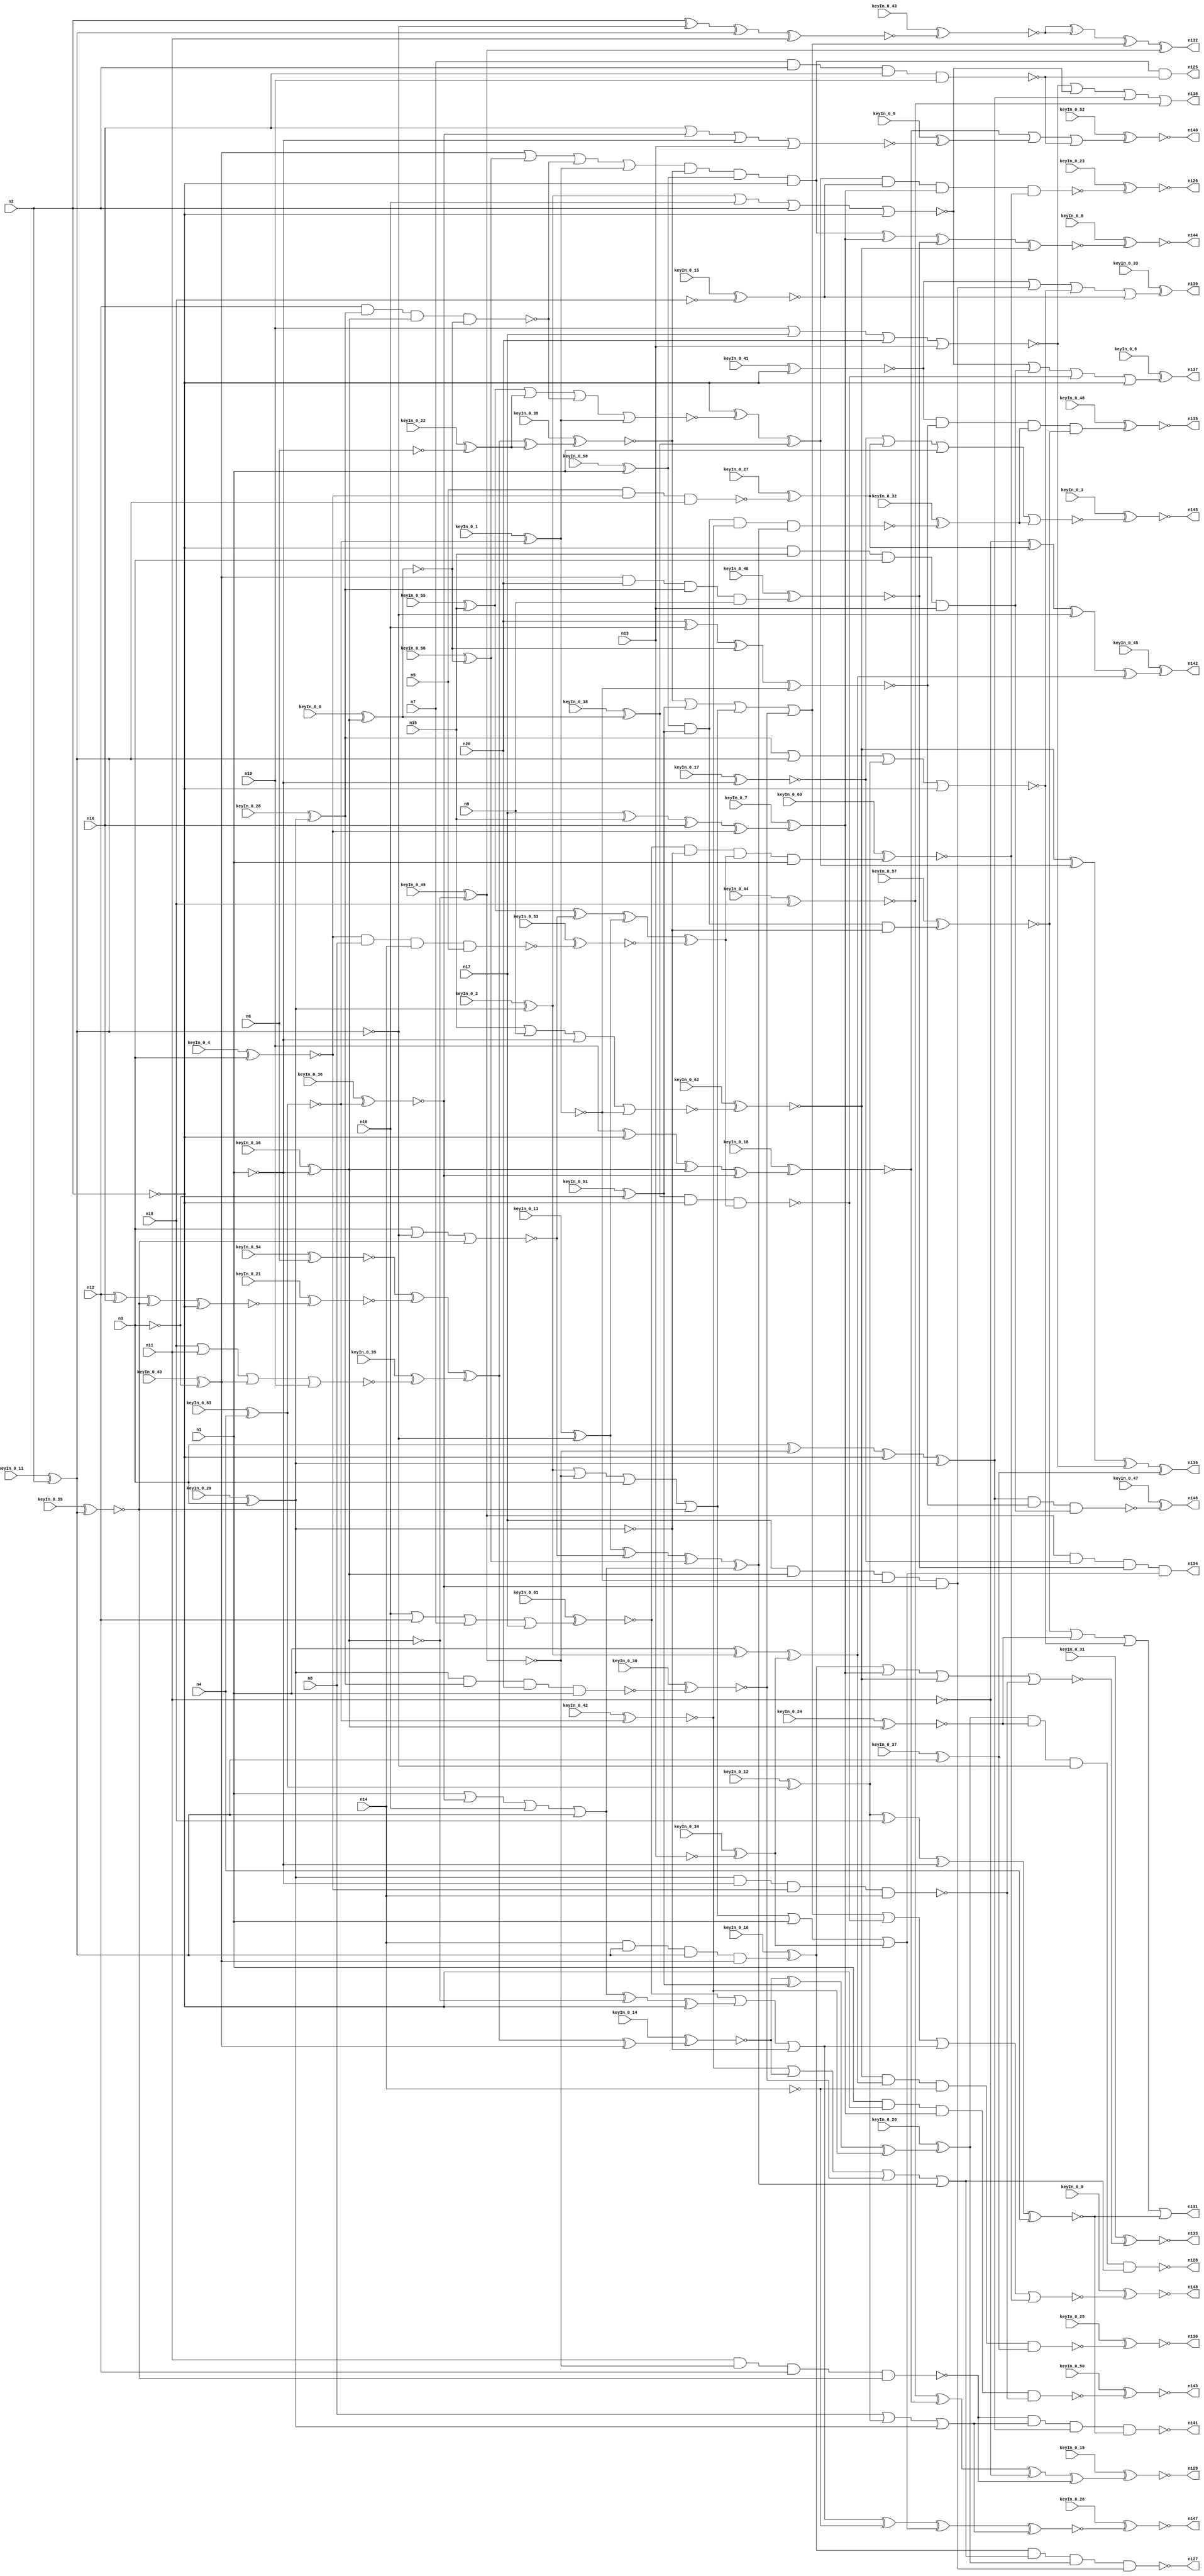


module Stat_128_636
(
  n1,
  n2,
  n3,
  n4,
  n5,
  n6,
  n7,
  n8,
  n9,
  n10,
  n11,
  n12,
  n13,
  n14,
  n15,
  n16,
  n17,
  n18,
  n19,
  n20,
  n144,
  n135,
  n134,
  n129,
  n126,
  n147,
  n138,
  n136,
  n139,
  n140,
  n125,
  n137,
  n146,
  n142,
  n132,
  n127,
  n130,
  n143,
  n145,
  n133,
  n141,
  n148,
  n131,
  n128,
  keyIn_0_0,
  keyIn_0_1,
  keyIn_0_2,
  keyIn_0_3,
  keyIn_0_4,
  keyIn_0_5,
  keyIn_0_6,
  keyIn_0_7,
  keyIn_0_8,
  keyIn_0_9,
  keyIn_0_10,
  keyIn_0_11,
  keyIn_0_12,
  keyIn_0_13,
  keyIn_0_14,
  keyIn_0_15,
  keyIn_0_16,
  keyIn_0_17,
  keyIn_0_18,
  keyIn_0_19,
  keyIn_0_20,
  keyIn_0_21,
  keyIn_0_22,
  keyIn_0_23,
  keyIn_0_24,
  keyIn_0_25,
  keyIn_0_26,
  keyIn_0_27,
  keyIn_0_28,
  keyIn_0_29,
  keyIn_0_30,
  keyIn_0_31,
  keyIn_0_32,
  keyIn_0_33,
  keyIn_0_34,
  keyIn_0_35,
  keyIn_0_36,
  keyIn_0_37,
  keyIn_0_38,
  keyIn_0_39,
  keyIn_0_40,
  keyIn_0_41,
  keyIn_0_42,
  keyIn_0_43,
  keyIn_0_44,
  keyIn_0_45,
  keyIn_0_46,
  keyIn_0_47,
  keyIn_0_48,
  keyIn_0_49,
  keyIn_0_50,
  keyIn_0_51,
  keyIn_0_52,
  keyIn_0_53,
  keyIn_0_54,
  keyIn_0_55,
  keyIn_0_56,
  keyIn_0_57,
  keyIn_0_58,
  keyIn_0_59,
  keyIn_0_60,
  keyIn_0_61,
  keyIn_0_62,
  keyIn_0_63
);

  input n1;
  input n2;
  input n3;
  input n4;
  input n5;
  input n6;
  input n7;
  input n8;
  input n9;
  input n10;
  input n11;
  input n12;
  input n13;
  input n14;
  input n15;
  input n16;
  input n17;
  input n18;
  input n19;
  input n20;
  input keyIn_0_0;
  input keyIn_0_1;
  input keyIn_0_2;
  input keyIn_0_3;
  input keyIn_0_4;
  input keyIn_0_5;
  input keyIn_0_6;
  input keyIn_0_7;
  input keyIn_0_8;
  input keyIn_0_9;
  input keyIn_0_10;
  input keyIn_0_11;
  input keyIn_0_12;
  input keyIn_0_13;
  input keyIn_0_14;
  input keyIn_0_15;
  input keyIn_0_16;
  input keyIn_0_17;
  input keyIn_0_18;
  input keyIn_0_19;
  input keyIn_0_20;
  input keyIn_0_21;
  input keyIn_0_22;
  input keyIn_0_23;
  input keyIn_0_24;
  input keyIn_0_25;
  input keyIn_0_26;
  input keyIn_0_27;
  input keyIn_0_28;
  input keyIn_0_29;
  input keyIn_0_30;
  input keyIn_0_31;
  input keyIn_0_32;
  input keyIn_0_33;
  input keyIn_0_34;
  input keyIn_0_35;
  input keyIn_0_36;
  input keyIn_0_37;
  input keyIn_0_38;
  input keyIn_0_39;
  input keyIn_0_40;
  input keyIn_0_41;
  input keyIn_0_42;
  input keyIn_0_43;
  input keyIn_0_44;
  input keyIn_0_45;
  input keyIn_0_46;
  input keyIn_0_47;
  input keyIn_0_48;
  input keyIn_0_49;
  input keyIn_0_50;
  input keyIn_0_51;
  input keyIn_0_52;
  input keyIn_0_53;
  input keyIn_0_54;
  input keyIn_0_55;
  input keyIn_0_56;
  input keyIn_0_57;
  input keyIn_0_58;
  input keyIn_0_59;
  input keyIn_0_60;
  input keyIn_0_61;
  input keyIn_0_62;
  input keyIn_0_63;
  output n144;
  output n135;
  output n134;
  output n129;
  output n126;
  output n147;
  output n138;
  output n136;
  output n139;
  output n140;
  output n125;
  output n137;
  output n146;
  output n142;
  output n132;
  output n127;
  output n130;
  output n143;
  output n145;
  output n133;
  output n141;
  output n148;
  output n131;
  output n128;
  wire n21;
  wire n22;
  wire n23;
  wire n24;
  wire n25;
  wire n26;
  wire n27;
  wire n28;
  wire n29;
  wire n30;
  wire n31;
  wire n32;
  wire n33;
  wire n34;
  wire n35;
  wire n36;
  wire n37;
  wire n38;
  wire n39;
  wire n40;
  wire n41;
  wire n42;
  wire n43;
  wire n44;
  wire n45;
  wire n46;
  wire n47;
  wire n48;
  wire n49;
  wire n50;
  wire n51;
  wire n52;
  wire n53;
  wire n54;
  wire n55;
  wire n56;
  wire n57;
  wire n58;
  wire n59;
  wire n60;
  wire n61;
  wire n62;
  wire n63;
  wire n64;
  wire n65;
  wire n66;
  wire n67;
  wire n68;
  wire n69;
  wire n70;
  wire n71;
  wire n72;
  wire n73;
  wire n74;
  wire n75;
  wire n76;
  wire n77;
  wire n78;
  wire n79;
  wire n80;
  wire n81;
  wire n82;
  wire n83;
  wire n84;
  wire n85;
  wire n86;
  wire n87;
  wire n88;
  wire n89;
  wire n90;
  wire n91;
  wire n92;
  wire n93;
  wire n94;
  wire n95;
  wire n96;
  wire n97;
  wire n98;
  wire n99;
  wire n100;
  wire n101;
  wire n102;
  wire n103;
  wire n104;
  wire n105;
  wire n106;
  wire n107;
  wire n108;
  wire n109;
  wire n110;
  wire n111;
  wire n112;
  wire n113;
  wire n114;
  wire n115;
  wire n116;
  wire n117;
  wire n118;
  wire n119;
  wire n120;
  wire n121;
  wire n122;
  wire n123;
  wire n124;
  wire KeyWire_0_0;
  wire KeyNOTWire_0_0;
  wire KeyWire_0_1;
  wire KeyNOTWire_0_1;
  wire KeyWire_0_2;
  wire KeyWire_0_3;
  wire KeyNOTWire_0_3;
  wire KeyWire_0_4;
  wire KeyWire_0_5;
  wire KeyNOTWire_0_5;
  wire KeyWire_0_6;
  wire KeyWire_0_7;
  wire KeyWire_0_8;
  wire KeyWire_0_9;
  wire KeyNOTWire_0_9;
  wire KeyWire_0_10;
  wire KeyNOTWire_0_10;
  wire KeyWire_0_11;
  wire KeyNOTWire_0_11;
  wire KeyWire_0_12;
  wire KeyNOTWire_0_12;
  wire KeyWire_0_13;
  wire KeyWire_0_14;
  wire KeyNOTWire_0_14;
  wire KeyWire_0_15;
  wire KeyWire_0_16;
  wire KeyWire_0_17;
  wire KeyWire_0_18;
  wire KeyNOTWire_0_18;
  wire KeyWire_0_19;
  wire KeyNOTWire_0_19;
  wire KeyWire_0_20;
  wire KeyNOTWire_0_20;
  wire KeyWire_0_21;
  wire KeyWire_0_22;
  wire KeyNOTWire_0_22;
  wire KeyWire_0_23;
  wire KeyNOTWire_0_23;
  wire KeyWire_0_24;
  wire KeyNOTWire_0_24;
  wire KeyWire_0_25;
  wire KeyNOTWire_0_25;
  wire KeyWire_0_26;
  wire KeyWire_0_27;
  wire KeyNOTWire_0_27;
  wire KeyWire_0_28;
  wire KeyWire_0_29;
  wire KeyNOTWire_0_29;
  wire KeyWire_0_30;
  wire KeyNOTWire_0_30;
  wire KeyWire_0_31;
  wire KeyNOTWire_0_31;
  wire KeyWire_0_32;
  wire KeyWire_0_33;
  wire KeyNOTWire_0_33;
  wire KeyWire_0_34;
  wire KeyWire_0_35;
  wire KeyNOTWire_0_35;
  wire KeyWire_0_36;
  wire KeyWire_0_37;
  wire KeyNOTWire_0_37;
  wire KeyWire_0_38;
  wire KeyNOTWire_0_38;
  wire KeyWire_0_39;
  wire KeyNOTWire_0_39;
  wire KeyWire_0_40;
  wire KeyNOTWire_0_40;
  wire KeyWire_0_41;
  wire KeyNOTWire_0_41;
  wire KeyWire_0_42;
  wire KeyWire_0_43;
  wire KeyNOTWire_0_43;
  wire KeyWire_0_44;
  wire KeyWire_0_45;
  wire KeyWire_0_46;
  wire KeyNOTWire_0_46;
  wire KeyWire_0_47;
  wire KeyWire_0_48;
  wire KeyNOTWire_0_48;
  wire KeyWire_0_49;
  wire KeyNOTWire_0_49;
  wire KeyWire_0_50;
  wire KeyNOTWire_0_50;
  wire KeyWire_0_51;
  wire KeyNOTWire_0_51;
  wire KeyWire_0_52;
  wire KeyWire_0_53;
  wire KeyWire_0_54;
  wire KeyWire_0_55;
  wire KeyNOTWire_0_55;
  wire KeyWire_0_56;
  wire KeyWire_0_57;
  wire KeyWire_0_58;
  wire KeyNOTWire_0_58;
  wire KeyWire_0_59;
  wire KeyWire_0_60;
  wire KeyNOTWire_0_60;
  wire KeyWire_0_61;
  wire KeyWire_0_62;
  wire KeyNOTWire_0_62;
  wire KeyWire_0_63;
  wire KeyNOTWire_0_63;

  buf
  g0
  (
    KeyWire_0_11,
    n2
  );


  buf
  g1
  (
    n25,
    n3
  );


  not
  g2
  (
    KeyWire_0_16,
    n1
  );


  buf
  g3
  (
    KeyWire_0_63,
    n4
  );


  buf
  g4
  (
    n23,
    n2
  );


  not
  g5
  (
    n22,
    n1
  );


  buf
  g6
  (
    KeyWire_0_29,
    n3
  );


  not
  g7
  (
    KeyWire_0_0,
    n27
  );


  buf
  g8
  (
    KeyWire_0_42,
    n21
  );


  buf
  g9
  (
    n32,
    n22
  );


  buf
  g10
  (
    n47,
    n25
  );


  buf
  g11
  (
    KeyWire_0_4,
    n25
  );


  buf
  g12
  (
    KeyWire_0_59,
    n24
  );


  not
  g13
  (
    KeyWire_0_28,
    n26
  );


  not
  g14
  (
    KeyWire_0_58,
    n22
  );


  not
  g15
  (
    n33,
    n22
  );


  not
  g16
  (
    n38,
    n24
  );


  not
  g17
  (
    n35,
    n26
  );


  buf
  g18
  (
    KeyWire_0_49,
    n27
  );


  not
  g19
  (
    n28,
    n27
  );


  buf
  g20
  (
    n52,
    n26
  );


  not
  g21
  (
    KeyWire_0_51,
    n25
  );


  not
  g22
  (
    KeyWire_0_40,
    n25
  );


  not
  g23
  (
    n42,
    n23
  );


  not
  g24
  (
    KeyWire_0_2,
    n26
  );


  buf
  g25
  (
    n37,
    n24
  );


  buf
  g26
  (
    KeyWire_0_36,
    n21
  );


  buf
  g27
  (
    n36,
    n24
  );


  buf
  g28
  (
    KeyWire_0_1,
    n21
  );


  not
  g29
  (
    n39,
    n23
  );


  not
  g30
  (
    KeyWire_0_12,
    n21
  );


  buf
  g31
  (
    n40,
    n23
  );


  not
  g32
  (
    n54,
    n23
  );


  not
  g33
  (
    n53,
    n22
  );


  not
  g34
  (
    KeyWire_0_15,
    n18
  );


  buf
  g35
  (
    KeyWire_0_54,
    n6
  );


  not
  g36
  (
    KeyWire_0_38,
    n41
  );


  buf
  g37
  (
    KeyWire_0_41,
    n39
  );


  not
  g38
  (
    n61,
    n44
  );


  not
  g39
  (
    KeyWire_0_22,
    n6
  );


  not
  g40
  (
    n82,
    n14
  );


  buf
  g41
  (
    n59,
    n43
  );


  buf
  g42
  (
    KeyWire_0_37,
    n37
  );


  buf
  g43
  (
    KeyWire_0_55,
    n15
  );


  not
  g44
  (
    n68,
    n40
  );


  buf
  g45
  (
    n76,
    n42
  );


  not
  g46
  (
    KeyWire_0_34,
    n13
  );


  buf
  g47
  (
    KeyWire_0_56,
    n41
  );


  not
  g48
  (
    KeyWire_0_17,
    n33
  );


  not
  g49
  (
    n100,
    n29
  );


  not
  g50
  (
    KeyWire_0_13,
    n36
  );


  buf
  g51
  (
    n74,
    n33
  );


  not
  g52
  (
    n99,
    n11
  );


  buf
  g53
  (
    n86,
    n38
  );


  buf
  g54
  (
    KeyWire_0_44,
    n18
  );


  buf
  g55
  (
    KeyWire_0_24,
    n28
  );


  nand
  g56
  (
    KeyWire_0_27,
    n5,
    n31,
    n36
  );


  nand
  g57
  (
    n95,
    n35,
    n32,
    n31,
    n14
  );


  nor
  g58
  (
    n85,
    n19,
    n17,
    n20,
    n13
  );


  xor
  g59
  (
    n102,
    n47,
    n29,
    n39,
    n35
  );


  xor
  g60
  (
    KeyWire_0_18,
    n19,
    n42,
    n28,
    n46
  );


  nor
  g61
  (
    n84,
    n48,
    n10,
    n40,
    n39
  );


  nor
  g62
  (
    n90,
    n34,
    n37,
    n45,
    n42
  );


  nand
  g63
  (
    n94,
    n11,
    n29,
    n12,
    n30
  );


  nand
  g64
  (
    KeyWire_0_30,
    n35,
    n34,
    n20,
    n33
  );


  nor
  g65
  (
    KeyWire_0_5,
    n16,
    n46,
    n32,
    n13
  );


  nor
  g66
  (
    KeyWire_0_35,
    n18,
    n11,
    n43,
    n19
  );


  and
  g67
  (
    KeyWire_0_46,
    n43,
    n20,
    n34,
    n9
  );


  xor
  g68
  (
    KeyWire_0_7,
    n17,
    n15,
    n16,
    n31
  );


  or
  g69
  (
    KeyWire_0_61,
    n10,
    n12,
    n7,
    n17
  );


  and
  g70
  (
    KeyWire_0_10,
    n14,
    n36,
    n37,
    n43
  );


  or
  g71
  (
    n93,
    n8,
    n45,
    n35
  );


  xnor
  g72
  (
    n77,
    n20,
    n10,
    n41,
    n44
  );


  and
  g73
  (
    n87,
    n17,
    n28,
    n44,
    n46
  );


  and
  g74
  (
    n97,
    n39,
    n15,
    n47,
    n13
  );


  or
  g75
  (
    n72,
    n48,
    n29,
    n47,
    n30
  );


  nand
  g76
  (
    n56,
    n12,
    n34,
    n28,
    n41
  );


  nand
  g77
  (
    KeyWire_0_53,
    n31,
    n8,
    n14,
    n5
  );


  or
  g78
  (
    n67,
    n33,
    n46,
    n10,
    n36
  );


  nand
  g79
  (
    n104,
    n7,
    n40,
    n16,
    n19
  );


  xnor
  g80
  (
    n75,
    n45,
    n18,
    n32,
    n4
  );


  xnor
  g81
  (
    KeyWire_0_43,
    n40,
    n38,
    n37,
    n11
  );


  xnor
  g82
  (
    KeyWire_0_21,
    n12,
    n16,
    n30,
    n42
  );


  nor
  g83
  (
    n60,
    n47,
    n38,
    n30
  );


  nor
  g84
  (
    KeyWire_0_62,
    n15,
    n9,
    n32,
    n44
  );


  xor
  g85
  (
    KeyWire_0_39,
    n62,
    n57,
    n63,
    n64
  );


  or
  g86
  (
    n107,
    n59,
    n66,
    n56,
    n61
  );


  xor
  g87
  (
    n112,
    n65,
    n60,
    n66,
    n67
  );


  xor
  g88
  (
    n109,
    n58,
    n60,
    n65,
    n55
  );


  xor
  g89
  (
    KeyWire_0_14,
    n57,
    n62,
    n63,
    n59
  );


  xor
  g90
  (
    n106,
    n67,
    n27,
    n68
  );


  nor
  g91
  (
    n111,
    n58,
    n64,
    n56,
    n61
  );


  and
  g92
  (
    KeyWire_0_60,
    n73,
    n52,
    n109,
    n53
  );


  or
  g93
  (
    n119,
    n108,
    n50,
    n72,
    n71
  );


  or
  g94
  (
    n113,
    n49,
    n110,
    n71,
    n112
  );


  xor
  g95
  (
    n114,
    n54,
    n111,
    n69
  );


  nand
  g96
  (
    KeyWire_0_32,
    n51,
    n50,
    n49,
    n112
  );


  nand
  g97
  (
    n118,
    n69,
    n54,
    n109
  );


  and
  g98
  (
    KeyWire_0_57,
    n51,
    n51,
    n50,
    n52
  );


  or
  g99
  (
    n122,
    n73,
    n106,
    n52
  );


  or
  g100
  (
    n116,
    n72,
    n53,
    n70
  );


  xor
  g101
  (
    n123,
    n53,
    n48,
    n70
  );


  xor
  g102
  (
    KeyWire_0_20,
    n110,
    n50,
    n49
  );


  and
  g103
  (
    n121,
    n107,
    n108,
    n51,
    n54
  );


  xnor
  g104
  (
    KeyWire_0_26,
    n122,
    n82,
    n116,
    n93
  );


  nand
  g105
  (
    n141,
    n94,
    n93,
    n102,
    n75
  );


  nand
  g106
  (
    KeyWire_0_25,
    n105,
    n123,
    n82,
    n79
  );


  nor
  g107
  (
    KeyWire_0_9,
    n119,
    n118,
    n122,
    n124
  );


  or
  g108
  (
    n131,
    n115,
    n92,
    n90,
    n75
  );


  or
  g109
  (
    n138,
    n85,
    n84,
    n102,
    n78
  );


  nor
  g110
  (
    KeyWire_0_3,
    n83,
    n89,
    n74,
    n120
  );


  xor
  g111
  (
    n136,
    n105,
    n114,
    n85,
    n79
  );


  xor
  g112
  (
    KeyWire_0_19,
    n78,
    n101,
    n99,
    n94
  );


  nand
  g113
  (
    KeyWire_0_47,
    n102,
    n102,
    n77,
    n97
  );


  xor
  g114
  (
    KeyWire_0_45,
    n99,
    n89,
    n86,
    n123
  );


  nor
  g115
  (
    KeyWire_0_31,
    n81,
    n103,
    n105,
    n95
  );


  and
  g116
  (
    n134,
    n100,
    n83,
    n98,
    n116
  );


  nand
  g117
  (
    KeyWire_0_23,
    n114,
    n80,
    n103,
    n124
  );


  xor
  g118
  (
    n132,
    n96,
    n96,
    n119,
    n100
  );


  nand
  g119
  (
    n128,
    n117,
    n92,
    n86,
    n113
  );


  nand
  g120
  (
    KeyWire_0_50,
    n74,
    n76,
    n103,
    n95
  );


  and
  g121
  (
    KeyWire_0_48,
    n91,
    n77,
    n120,
    n115
  );


  and
  g122
  (
    n125,
    n121,
    n104
  );


  nand
  g123
  (
    n127,
    n81,
    n113,
    n117,
    n87
  );


  or
  g124
  (
    KeyWire_0_6,
    n84,
    n97,
    n118,
    n76
  );


  or
  g125
  (
    KeyWire_0_52,
    n101,
    n88,
    n104
  );


  xnor
  g126
  (
    KeyWire_0_8,
    n121,
    n103,
    n98,
    n105
  );


  or
  g127
  (
    KeyWire_0_33,
    n91,
    n87,
    n90,
    n80
  );


  xor
  KeyGate_0_0
  (
    KeyNOTWire_0_0,
    keyIn_0_0,
    KeyWire_0_0
  );


  not
  KeyNOTGate_0_0
  (
    n41,
    KeyNOTWire_0_0
  );


  xor
  KeyGate_0_1
  (
    KeyNOTWire_0_1,
    keyIn_0_1,
    KeyWire_0_1
  );


  not
  KeyNOTGate_0_1
  (
    n44,
    KeyNOTWire_0_1
  );


  xor
  KeyGate_0_2
  (
    n48,
    keyIn_0_2,
    KeyWire_0_2
  );


  xor
  KeyGate_0_3
  (
    KeyNOTWire_0_3,
    keyIn_0_3,
    KeyWire_0_3
  );


  not
  KeyNOTGate_0_3
  (
    n145,
    KeyNOTWire_0_3
  );


  xnor
  KeyGate_0_4
  (
    n31,
    keyIn_0_4,
    KeyWire_0_4
  );


  xnor
  KeyGate_0_5
  (
    KeyNOTWire_0_5,
    keyIn_0_5,
    KeyWire_0_5
  );


  not
  KeyNOTGate_0_5
  (
    n88,
    KeyNOTWire_0_5
  );


  xor
  KeyGate_0_6
  (
    n137,
    keyIn_0_6,
    KeyWire_0_6
  );


  xor
  KeyGate_0_7
  (
    n103,
    keyIn_0_7,
    KeyWire_0_7
  );


  xnor
  KeyGate_0_8
  (
    n144,
    keyIn_0_8,
    KeyWire_0_8
  );


  xor
  KeyGate_0_9
  (
    KeyNOTWire_0_9,
    keyIn_0_9,
    KeyWire_0_9
  );


  not
  KeyNOTGate_0_9
  (
    n148,
    KeyNOTWire_0_9
  );


  xnor
  KeyGate_0_10
  (
    KeyNOTWire_0_10,
    keyIn_0_10,
    KeyWire_0_10
  );


  not
  KeyNOTGate_0_10
  (
    n81,
    KeyNOTWire_0_10
  );


  xnor
  KeyGate_0_11
  (
    KeyNOTWire_0_11,
    keyIn_0_11,
    KeyWire_0_11
  );


  not
  KeyNOTGate_0_11
  (
    n24,
    KeyNOTWire_0_11
  );


  xnor
  KeyGate_0_12
  (
    KeyNOTWire_0_12,
    keyIn_0_12,
    KeyWire_0_12
  );


  not
  KeyNOTGate_0_12
  (
    n45,
    KeyNOTWire_0_12
  );


  xor
  KeyGate_0_13
  (
    n65,
    keyIn_0_13,
    KeyWire_0_13
  );


  xor
  KeyGate_0_14
  (
    KeyNOTWire_0_14,
    keyIn_0_14,
    KeyWire_0_14
  );


  not
  KeyNOTGate_0_14
  (
    n110,
    KeyNOTWire_0_14
  );


  xnor
  KeyGate_0_15
  (
    n80,
    keyIn_0_15,
    KeyWire_0_15
  );


  xnor
  KeyGate_0_16
  (
    n27,
    keyIn_0_16,
    KeyWire_0_16
  );


  xnor
  KeyGate_0_17
  (
    n83,
    keyIn_0_17,
    KeyWire_0_17
  );


  xor
  KeyGate_0_18
  (
    KeyNOTWire_0_18,
    keyIn_0_18,
    KeyWire_0_18
  );


  not
  KeyNOTGate_0_18
  (
    n101,
    KeyNOTWire_0_18
  );


  xor
  KeyGate_0_19
  (
    KeyNOTWire_0_19,
    keyIn_0_19,
    KeyWire_0_19
  );


  not
  KeyNOTGate_0_19
  (
    n129,
    KeyNOTWire_0_19
  );


  xnor
  KeyGate_0_20
  (
    KeyNOTWire_0_20,
    keyIn_0_20,
    KeyWire_0_20
  );


  not
  KeyNOTGate_0_20
  (
    n117,
    KeyNOTWire_0_20
  );


  xnor
  KeyGate_0_21
  (
    n57,
    keyIn_0_21,
    KeyWire_0_21
  );


  xnor
  KeyGate_0_22
  (
    KeyNOTWire_0_22,
    keyIn_0_22,
    KeyWire_0_22
  );


  not
  KeyNOTGate_0_22
  (
    n64,
    KeyNOTWire_0_22
  );


  xor
  KeyGate_0_23
  (
    KeyNOTWire_0_23,
    keyIn_0_23,
    KeyWire_0_23
  );


  not
  KeyNOTGate_0_23
  (
    n126,
    KeyNOTWire_0_23
  );


  xor
  KeyGate_0_24
  (
    KeyNOTWire_0_24,
    keyIn_0_24,
    KeyWire_0_24
  );


  not
  KeyNOTGate_0_24
  (
    n92,
    KeyNOTWire_0_24
  );


  xor
  KeyGate_0_25
  (
    KeyNOTWire_0_25,
    keyIn_0_25,
    KeyWire_0_25
  );


  not
  KeyNOTGate_0_25
  (
    n130,
    KeyNOTWire_0_25
  );


  xnor
  KeyGate_0_26
  (
    n147,
    keyIn_0_26,
    KeyWire_0_26
  );


  xnor
  KeyGate_0_27
  (
    KeyNOTWire_0_27,
    keyIn_0_27,
    KeyWire_0_27
  );


  not
  KeyNOTGate_0_27
  (
    n89,
    KeyNOTWire_0_27
  );


  xor
  KeyGate_0_28
  (
    n34,
    keyIn_0_28,
    KeyWire_0_28
  );


  xor
  KeyGate_0_29
  (
    KeyNOTWire_0_29,
    keyIn_0_29,
    KeyWire_0_29
  );


  not
  KeyNOTGate_0_29
  (
    n26,
    KeyNOTWire_0_29
  );


  xor
  KeyGate_0_30
  (
    KeyNOTWire_0_30,
    keyIn_0_30,
    KeyWire_0_30
  );


  not
  KeyNOTGate_0_30
  (
    n71,
    KeyNOTWire_0_30
  );


  xor
  KeyGate_0_31
  (
    KeyNOTWire_0_31,
    keyIn_0_31,
    KeyWire_0_31
  );


  not
  KeyNOTGate_0_31
  (
    n133,
    KeyNOTWire_0_31
  );


  xor
  KeyGate_0_32
  (
    n120,
    keyIn_0_32,
    KeyWire_0_32
  );


  xnor
  KeyGate_0_33
  (
    KeyNOTWire_0_33,
    keyIn_0_33,
    KeyWire_0_33
  );


  not
  KeyNOTGate_0_33
  (
    n139,
    KeyNOTWire_0_33
  );


  xor
  KeyGate_0_34
  (
    n70,
    keyIn_0_34,
    KeyWire_0_34
  );


  xnor
  KeyGate_0_35
  (
    KeyNOTWire_0_35,
    keyIn_0_35,
    KeyWire_0_35
  );


  not
  KeyNOTGate_0_35
  (
    n63,
    KeyNOTWire_0_35
  );


  xnor
  KeyGate_0_36
  (
    n46,
    keyIn_0_36,
    KeyWire_0_36
  );


  xnor
  KeyGate_0_37
  (
    KeyNOTWire_0_37,
    keyIn_0_37,
    KeyWire_0_37
  );


  not
  KeyNOTGate_0_37
  (
    n79,
    KeyNOTWire_0_37
  );


  xnor
  KeyGate_0_38
  (
    KeyNOTWire_0_38,
    keyIn_0_38,
    KeyWire_0_38
  );


  not
  KeyNOTGate_0_38
  (
    n69,
    KeyNOTWire_0_38
  );


  xor
  KeyGate_0_39
  (
    KeyNOTWire_0_39,
    keyIn_0_39,
    KeyWire_0_39
  );


  not
  KeyNOTGate_0_39
  (
    n108,
    KeyNOTWire_0_39
  );


  xnor
  KeyGate_0_40
  (
    KeyNOTWire_0_40,
    keyIn_0_40,
    KeyWire_0_40
  );


  not
  KeyNOTGate_0_40
  (
    n43,
    KeyNOTWire_0_40
  );


  xor
  KeyGate_0_41
  (
    KeyNOTWire_0_41,
    keyIn_0_41,
    KeyWire_0_41
  );


  not
  KeyNOTGate_0_41
  (
    n91,
    KeyNOTWire_0_41
  );


  xnor
  KeyGate_0_42
  (
    n49,
    keyIn_0_42,
    KeyWire_0_42
  );


  xor
  KeyGate_0_43
  (
    KeyNOTWire_0_43,
    keyIn_0_43,
    KeyWire_0_43
  );


  not
  KeyNOTGate_0_43
  (
    n96,
    KeyNOTWire_0_43
  );


  xnor
  KeyGate_0_44
  (
    n78,
    keyIn_0_44,
    KeyWire_0_44
  );


  xor
  KeyGate_0_45
  (
    n142,
    keyIn_0_45,
    KeyWire_0_45
  );


  xor
  KeyGate_0_46
  (
    KeyNOTWire_0_46,
    keyIn_0_46,
    KeyWire_0_46
  );


  not
  KeyNOTGate_0_46
  (
    n98,
    KeyNOTWire_0_46
  );


  xor
  KeyGate_0_47
  (
    n146,
    keyIn_0_47,
    KeyWire_0_47
  );


  xor
  KeyGate_0_48
  (
    KeyNOTWire_0_48,
    keyIn_0_48,
    KeyWire_0_48
  );


  not
  KeyNOTGate_0_48
  (
    n135,
    KeyNOTWire_0_48
  );


  xor
  KeyGate_0_49
  (
    KeyNOTWire_0_49,
    keyIn_0_49,
    KeyWire_0_49
  );


  not
  KeyNOTGate_0_49
  (
    n29,
    KeyNOTWire_0_49
  );


  xor
  KeyGate_0_50
  (
    KeyNOTWire_0_50,
    keyIn_0_50,
    KeyWire_0_50
  );


  not
  KeyNOTGate_0_50
  (
    n143,
    KeyNOTWire_0_50
  );


  xnor
  KeyGate_0_51
  (
    KeyNOTWire_0_51,
    keyIn_0_51,
    KeyWire_0_51
  );


  not
  KeyNOTGate_0_51
  (
    n50,
    KeyNOTWire_0_51
  );


  xnor
  KeyGate_0_52
  (
    n140,
    keyIn_0_52,
    KeyWire_0_52
  );


  xnor
  KeyGate_0_53
  (
    n55,
    keyIn_0_53,
    KeyWire_0_53
  );


  xnor
  KeyGate_0_54
  (
    n62,
    keyIn_0_54,
    KeyWire_0_54
  );


  xnor
  KeyGate_0_55
  (
    KeyNOTWire_0_55,
    keyIn_0_55,
    KeyWire_0_55
  );


  not
  KeyNOTGate_0_55
  (
    n58,
    KeyNOTWire_0_55
  );


  xor
  KeyGate_0_56
  (
    n66,
    keyIn_0_56,
    KeyWire_0_56
  );


  xnor
  KeyGate_0_57
  (
    n115,
    keyIn_0_57,
    KeyWire_0_57
  );


  xnor
  KeyGate_0_58
  (
    KeyNOTWire_0_58,
    keyIn_0_58,
    KeyWire_0_58
  );


  not
  KeyNOTGate_0_58
  (
    n51,
    KeyNOTWire_0_58
  );


  xnor
  KeyGate_0_59
  (
    n30,
    keyIn_0_59,
    KeyWire_0_59
  );


  xor
  KeyGate_0_60
  (
    KeyNOTWire_0_60,
    keyIn_0_60,
    KeyWire_0_60
  );


  not
  KeyNOTGate_0_60
  (
    n124,
    KeyNOTWire_0_60
  );


  xnor
  KeyGate_0_61
  (
    n73,
    keyIn_0_61,
    KeyWire_0_61
  );


  xor
  KeyGate_0_62
  (
    KeyNOTWire_0_62,
    keyIn_0_62,
    KeyWire_0_62
  );


  not
  KeyNOTGate_0_62
  (
    n105,
    KeyNOTWire_0_62
  );


  xor
  KeyGate_0_63
  (
    KeyNOTWire_0_63,
    keyIn_0_63,
    KeyWire_0_63
  );


  not
  KeyNOTGate_0_63
  (
    n21,
    KeyNOTWire_0_63
  );


endmodule